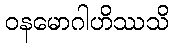
ဝနမောဂါဟိဿသိ